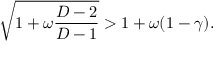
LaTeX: \sqrt { 1 + \omega \frac { D - 2 } { D - 1 } } > 1 + \omega ( 1 - \gamma ) .